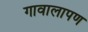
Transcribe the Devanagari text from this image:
गावालापण